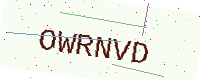
Text: OWRNVD